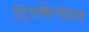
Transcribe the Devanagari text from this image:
ट्विकेनहम